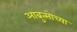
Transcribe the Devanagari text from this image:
आब्रुत्सोच्या